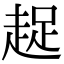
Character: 趗